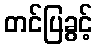
တင်ပြခွင့်